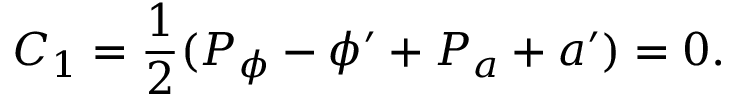
C _ { 1 } = { \frac { 1 } { 2 } } ( P _ { \phi } - \phi ^ { \prime } + { P _ { a } + a ^ { \prime } } ) = 0 .